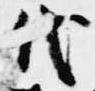
代